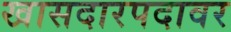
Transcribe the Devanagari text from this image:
खासदारपदावर